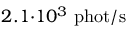
2 . 1 { \cdot } 1 0 ^ { 3 } \ \mathrm { p h o t } / \mathrm { s }